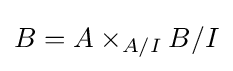
B=A\times _{A/I}B/I